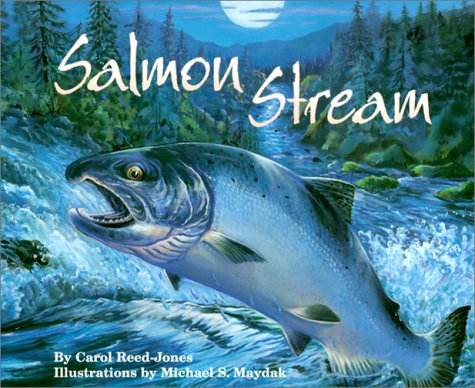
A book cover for Salmon Stream; Carol Reed-Jones; Children's Books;